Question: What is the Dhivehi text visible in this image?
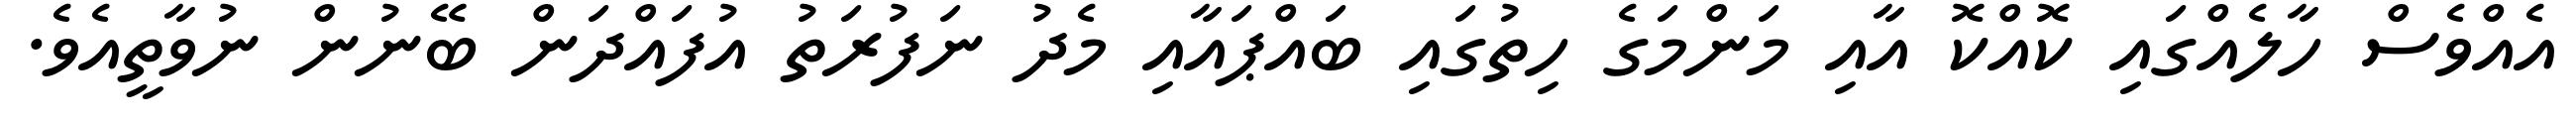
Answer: އެއްވެސް ހާލެއްގައި ކޮއްކޮ އާއި މަންމަގެ ހިތުގައި ބައްޕައާއި މެދު ނަފުރަތު އުފައްދަން ބޭނުން ނުވާތީއެވެ.